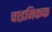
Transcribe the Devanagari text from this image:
चाइनिकफ